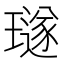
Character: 璲